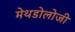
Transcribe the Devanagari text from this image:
मेथडोलोजी